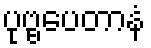
ပုဗ္ဗပေတာနံ